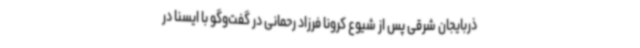
ذربایجان شرقی پس از شیوع کرونا فرزاد رحمانی در گفت‌وگو با ایسنا در